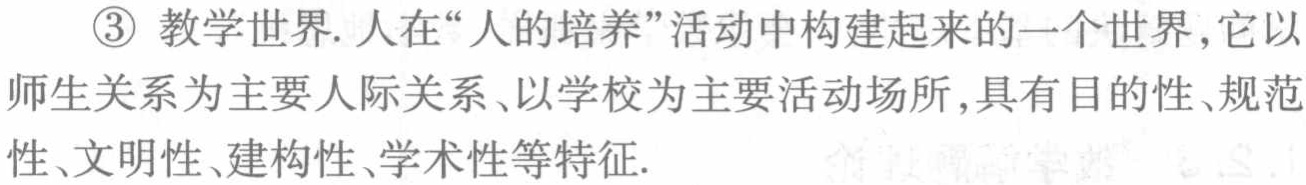
\textcircled{3} 教学世界. 人在“人的培养”活动中构建起来的一个世界, 它以师生关系为主要人际关系、以学校为主要活动场所, 具有目的性、规范性、文明性、建构性、学术性等特征.